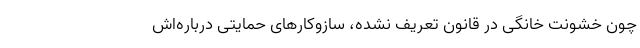
چون خشونت خانگی در قانون تعریف نشده، ساز‌و‌کارهای حمایتی درباره‌اش